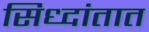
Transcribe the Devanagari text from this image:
सिध्दांतात